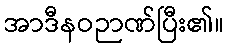
အာဒီနဝဉာဏ်ပြီး၏။